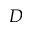
D